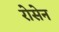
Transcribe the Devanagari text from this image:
रोसेन